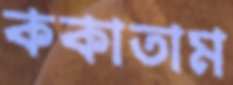
ককাতাম